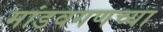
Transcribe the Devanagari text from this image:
मांडवगणच्या